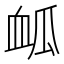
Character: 𮕟